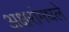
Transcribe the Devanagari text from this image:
अक्षरांमधले